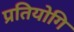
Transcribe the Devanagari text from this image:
प्रतियोगि